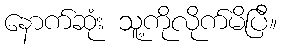
နောက်ဆုံး သူ့ကိုလိုက်မိပြီ။